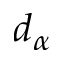
d _ { \alpha }